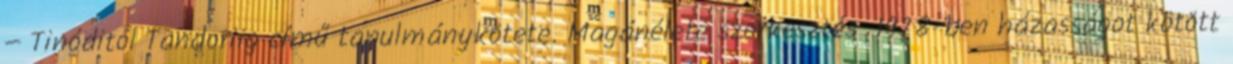
− Tinóditól Tandoriig című tanulmánykötete. Magánélete szerkesztés 1978-ben házasságot kötött